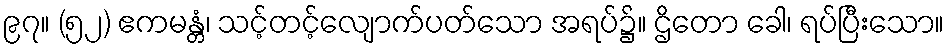
၉၇။ (၅၂) ဧကမန္တံ၊ သင့်တင့်လျောက်ပတ်သော အရပ်၌။ ဌိတော ခေါ၊ ရပ်ပြီးသော။